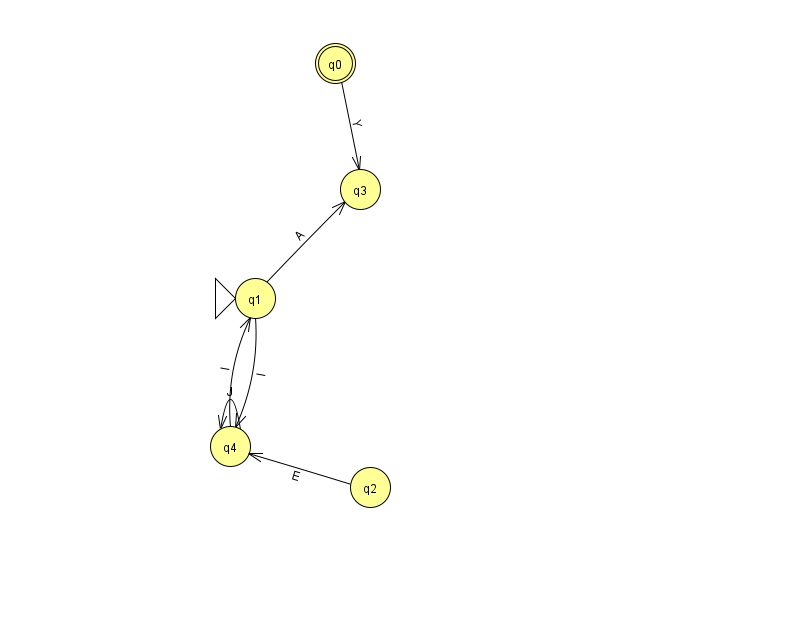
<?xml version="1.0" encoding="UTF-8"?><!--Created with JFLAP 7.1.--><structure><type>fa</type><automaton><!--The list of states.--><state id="0" name="q0"><x>335.0</x><y>50.0</y><final/></state><state id="1" name="q1"><x>255.0</x><y>285.0</y><initial/></state><state id="2" name="q2"><x>370.0</x><y>474.0</y></state><state id="3" name="q3"><x>360.0</x><y>176.0</y></state><state id="4" name="q4"><x>230.0</x><y>433.0</y></state><!--The list of transitions.--><transition><from>1</from><to>3</to><read>A</read></transition><transition><from>1</from><to>4</to><read>I</read></transition><transition><from>4</from><to>1</to><read>I</read></transition><transition><from>4</from><to>4</to><read>J</read></transition><transition><from>0</from><to>3</to><read>Y</read></transition><transition><from>2</from><to>4</to><read>E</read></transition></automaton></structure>